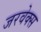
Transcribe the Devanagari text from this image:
जरवेक्स